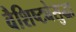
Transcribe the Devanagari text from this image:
वैशिष्ट्येसुद्धा